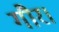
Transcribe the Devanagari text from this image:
गौर।